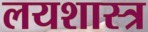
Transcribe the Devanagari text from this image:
लयशास्त्र